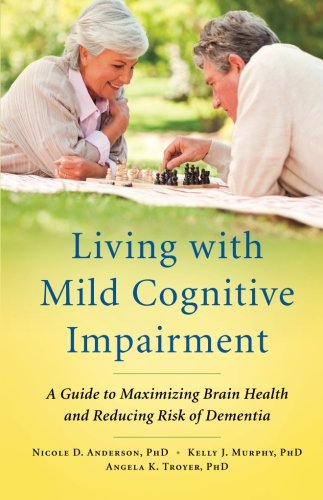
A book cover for Living with Mild Cognitive Impairment: A Guide to Maximizing Brain Health and Reducing Risk of Dementia; Nicole D. Anderson; Health, Fitness & Dieting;